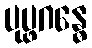
ပုပ္ဖဂန္ဓေ